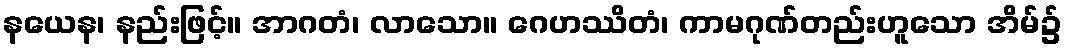
နယေန၊ နည်းဖြင့်။ အာဂတံ၊ လာသော။ ဂေဟဿိတံ၊ ကာမဂုဏ်တည်းဟူသော အိမ်၌